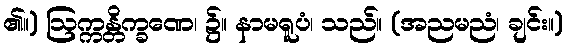
၏။) ဩက္ကန္တိက္ခဏေ၊ ၌။ နာမရူပံ၊ သည်။ (အညမညံ၊ ချင်း။)